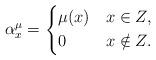
LaTeX: \begin{align*}\alpha_x^\mu =\begin{dcases}\mu(x) & x \in Z, \\0 & x \notin Z.\end{dcases}\end{align*}